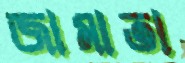
জামাতা